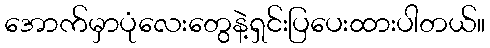
အောက်မှာပုံလေးတွေနဲ့ရှင်းပြပေးထားပါတယ်။